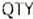
QTY